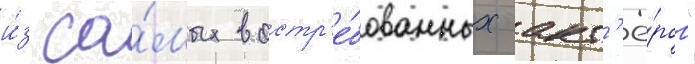
и́з са́мых востр'е́бованных акт'ё́ров"